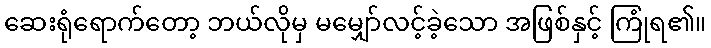
ဆေးရုံရောက်တော့ ဘယ်လိုမှ မမျှော်လင့်ခဲ့သော အဖြစ်နှင့် ကြုံရ၏။